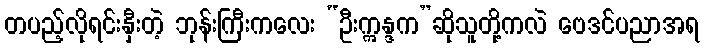
တပည့်လိုရင်းနှီးတဲ့ ဘုန်းကြီးကလေး “ဦးဣန္ဒက”ဆိုသူတို့ကလဲ ဗေဒင်ပညာအရ